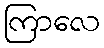
ကြာလေ